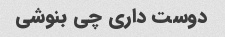
دوست داری چی بنوشی